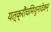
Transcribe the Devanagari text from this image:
यत्क्रौंचमिथुनादेकम्